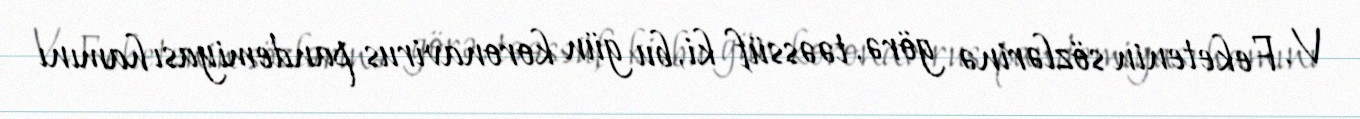
V. Feketenin sözlərinə görə, təəssüf ki, bu gün koronavirus pandemiyası hamını